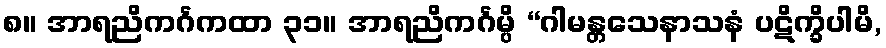
၈။ အာရညိကင်္ဂကထာ ၃၁။ အာရညိကင်္ဂမ္ပိ “ဂါမန္တသေနာသနံ ပဋိက္ခိပါမိ,